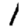
Digit: 1